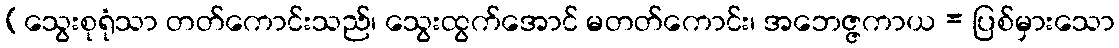
(သွေးစုရုံသာ တတ်ကောင်းသည်၊ သွေးထွက်အောင် မတတ်ကောင်း၊ အဘေဇ္ဇကာယ = ပြစ်မှားသော